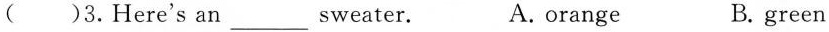
()3.Here's an___sweater. A.orange B. green